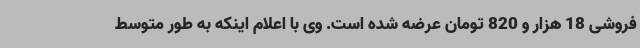
فروشی 18 هزار و 820 تومان عرضه شده است. وی با اعلام اینکه به طور متوسط